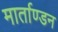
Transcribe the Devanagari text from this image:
मार्ताण्डन